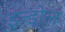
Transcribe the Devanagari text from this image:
इन्डोल